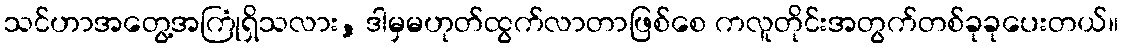
သင်ဟာအတွေ့အကြုံရှိသလား, ဒါမှမဟုတ်ထွက်လာတာဖြစ်စေ ကလူတိုင်းအတွက်တစ်ခုခုပေးတယ်။